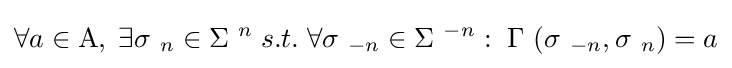
\forall a\in \mathrm {A} ,\;\exists \sigma \ _{n}\in \Sigma \ ^{n}\;s.t.\;\forall \sigma \ _{-n}\in \Sigma \ ^{-n}:\;\Gamma \ (\sigma \ _{-n},\sigma \ _{n})=a